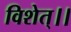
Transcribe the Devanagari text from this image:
विशेत्।।